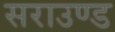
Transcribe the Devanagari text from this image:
सराउण्ड